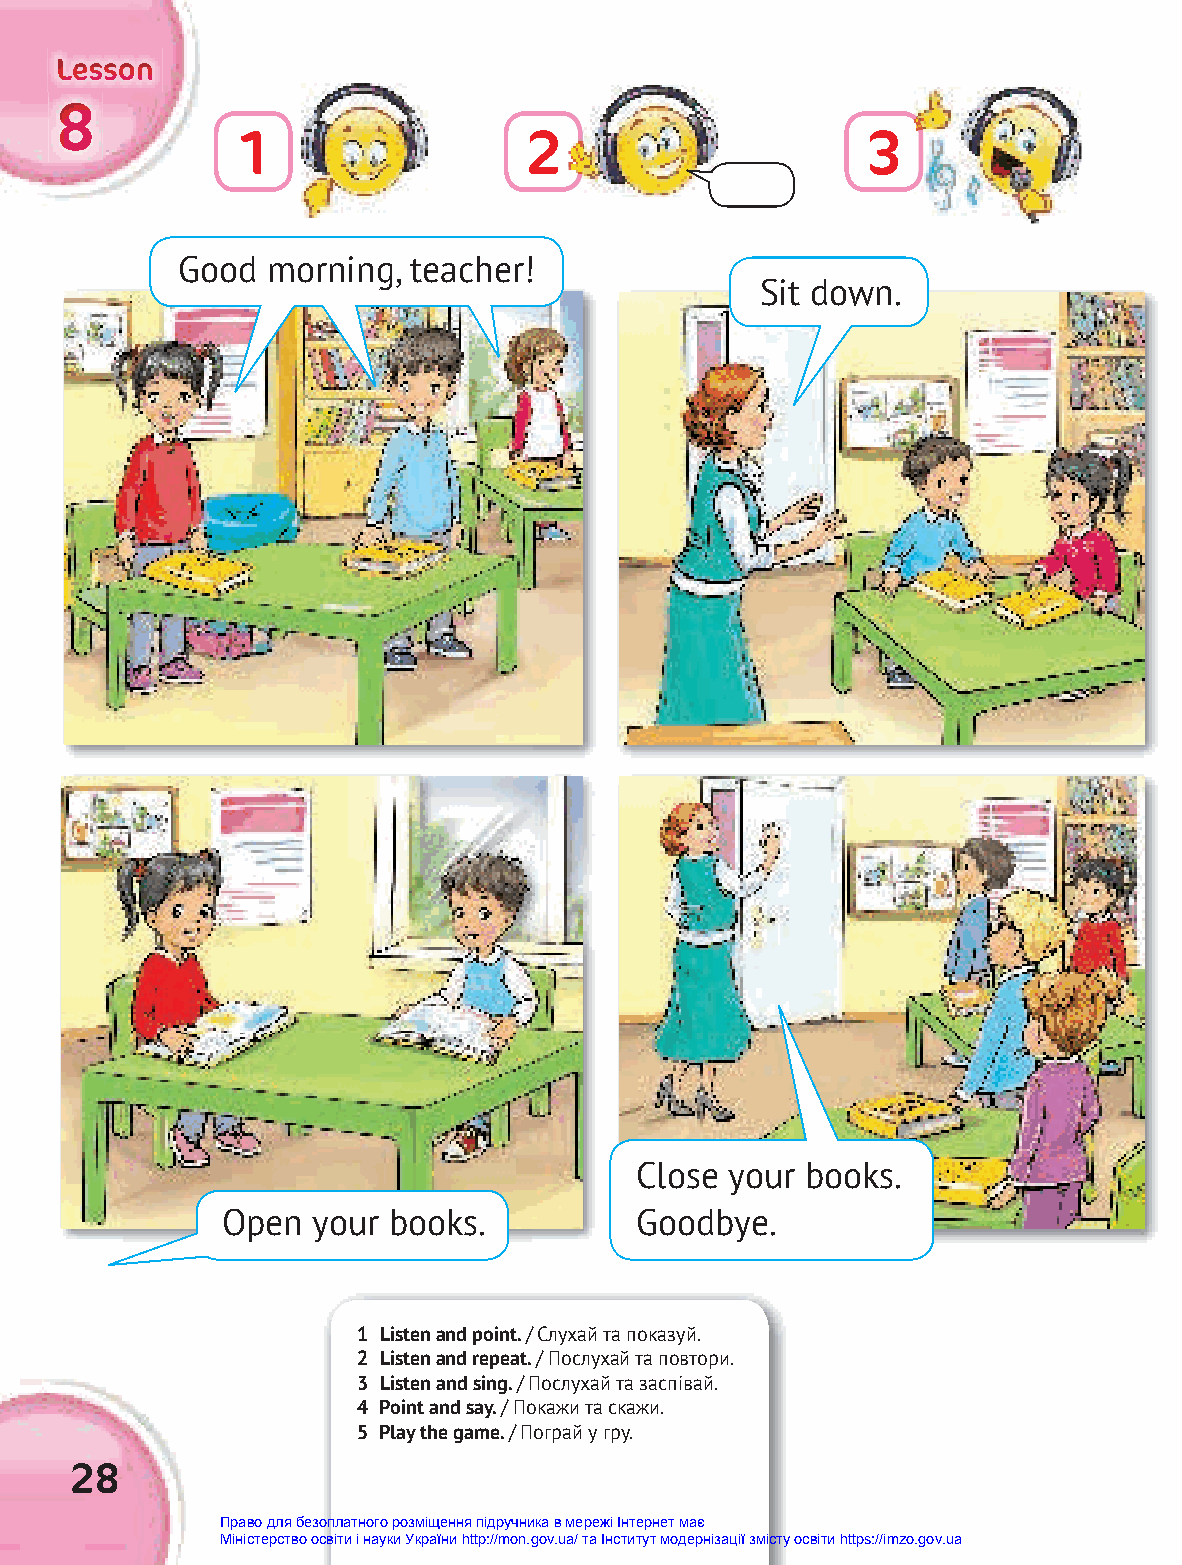
LLLeeessssssooonnn
 888
 1                  2                     3
 Good  morning, teacher!
 Sit down.
 Close your books.
 Open  your books.          Goodbye.
 1 Listen and point. / Слухай та показуй.
 2 Listen and repeat. / Послухай та повтори.
 3 Listen and sing. / Послухай та заспівай.
 4 Point and say. / Покажи та скажи.
 5 Play the game. / Пограй у гру.
 28
 Право для безоплатного розміщення підручника в мережі Інтернет має
 Міністерство освіти і науки України http://mon.gov.ua/ та Інститут модернізації змісту освіти https://imzo.gov.ua